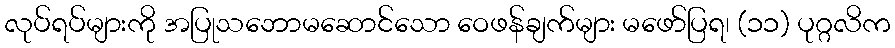
လုပ်ရပ်များကို အပြုသဘောမဆောင်သော ဝေဖန်ချက်များ မဖော်ပြရ၊ (၁၁) ပုဂ္ဂလိက